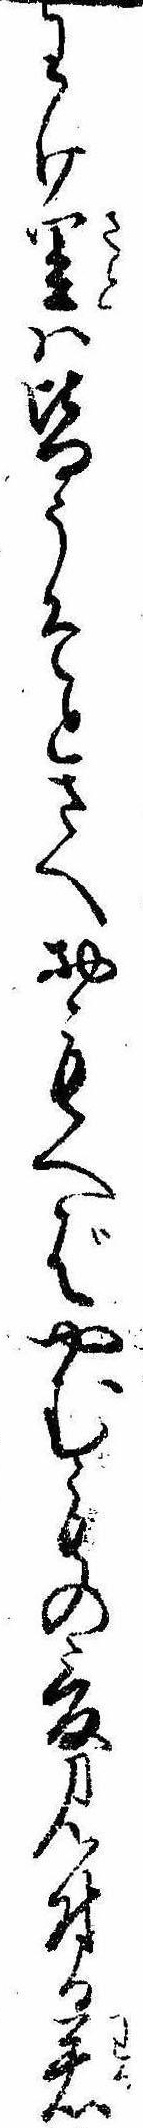
わけ里は皆うそとさへおもへばやむもの爰見付る若